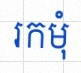
រកមុំ